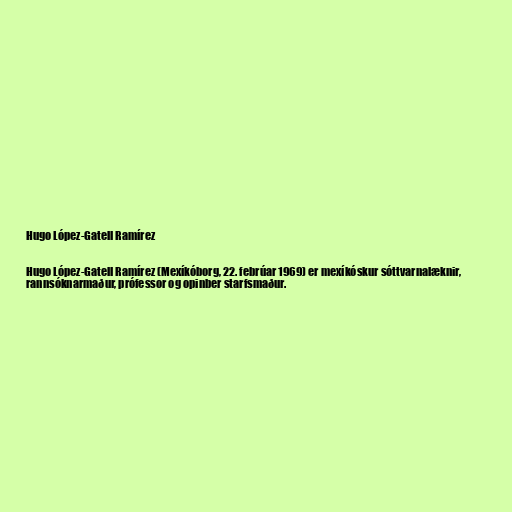
Hugo López-Gatell Ramírez

Hugo López-Gatell Ramírez (Mexíkóborg, 22. febrúar 1969) er mexíkóskur sóttvarnalæknir,
rannsóknarmaður, prófessor og opinber starfsmaður.